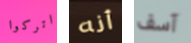
اتركوا أنه آسف